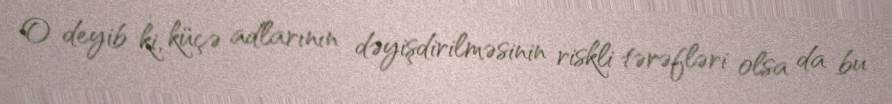
O deyib ki, küçə adlarının dəyişdirilməsinin riskli tərəfləri olsa da bu